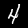
Digit: 4